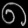
Digit: ၈